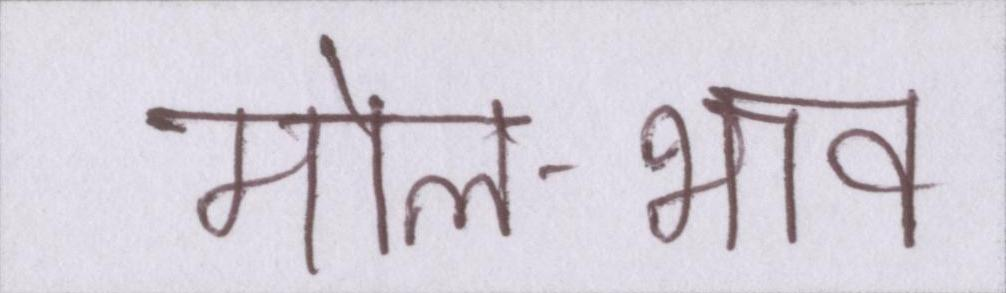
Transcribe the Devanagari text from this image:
मोल-भाव